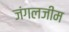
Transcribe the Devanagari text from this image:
जंगलजीम